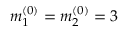
m _ { 1 } ^ { ( 0 ) } = m _ { 2 } ^ { ( 0 ) } = 3